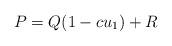
LaTeX: \begin{align*} P=Q(1-cu_1) + R \end{align*}